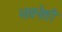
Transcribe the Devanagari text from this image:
भावनेशी